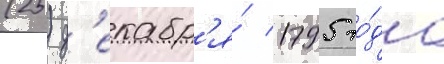
(25) д'екабр'я́ 1795 го́да